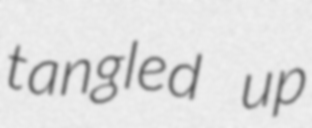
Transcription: tangled up